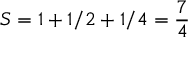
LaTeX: S = 1 + 1 / 2 + 1 / 4 = { \frac { 7 } { 4 } }